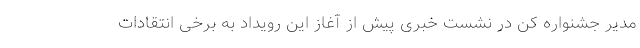
مدیر جشنواره کن در نشست خبری پیش از آغاز این رویداد به برخی انتقادات